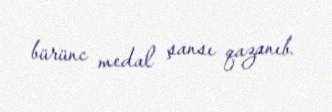
bürünc medal şansı qazanıb.